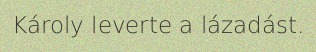
Károly leverte a lázadást.